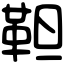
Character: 靼